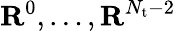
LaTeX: \mathbf{R}^{0},\ldots,\mathbf{R}^{N_{\mathrm{t}}-2}